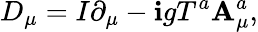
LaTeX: D_{\mu}=I\partial_{\mu}-\mathbf{i}gT^{a}\mathbf{A}_{\mu}^{a},